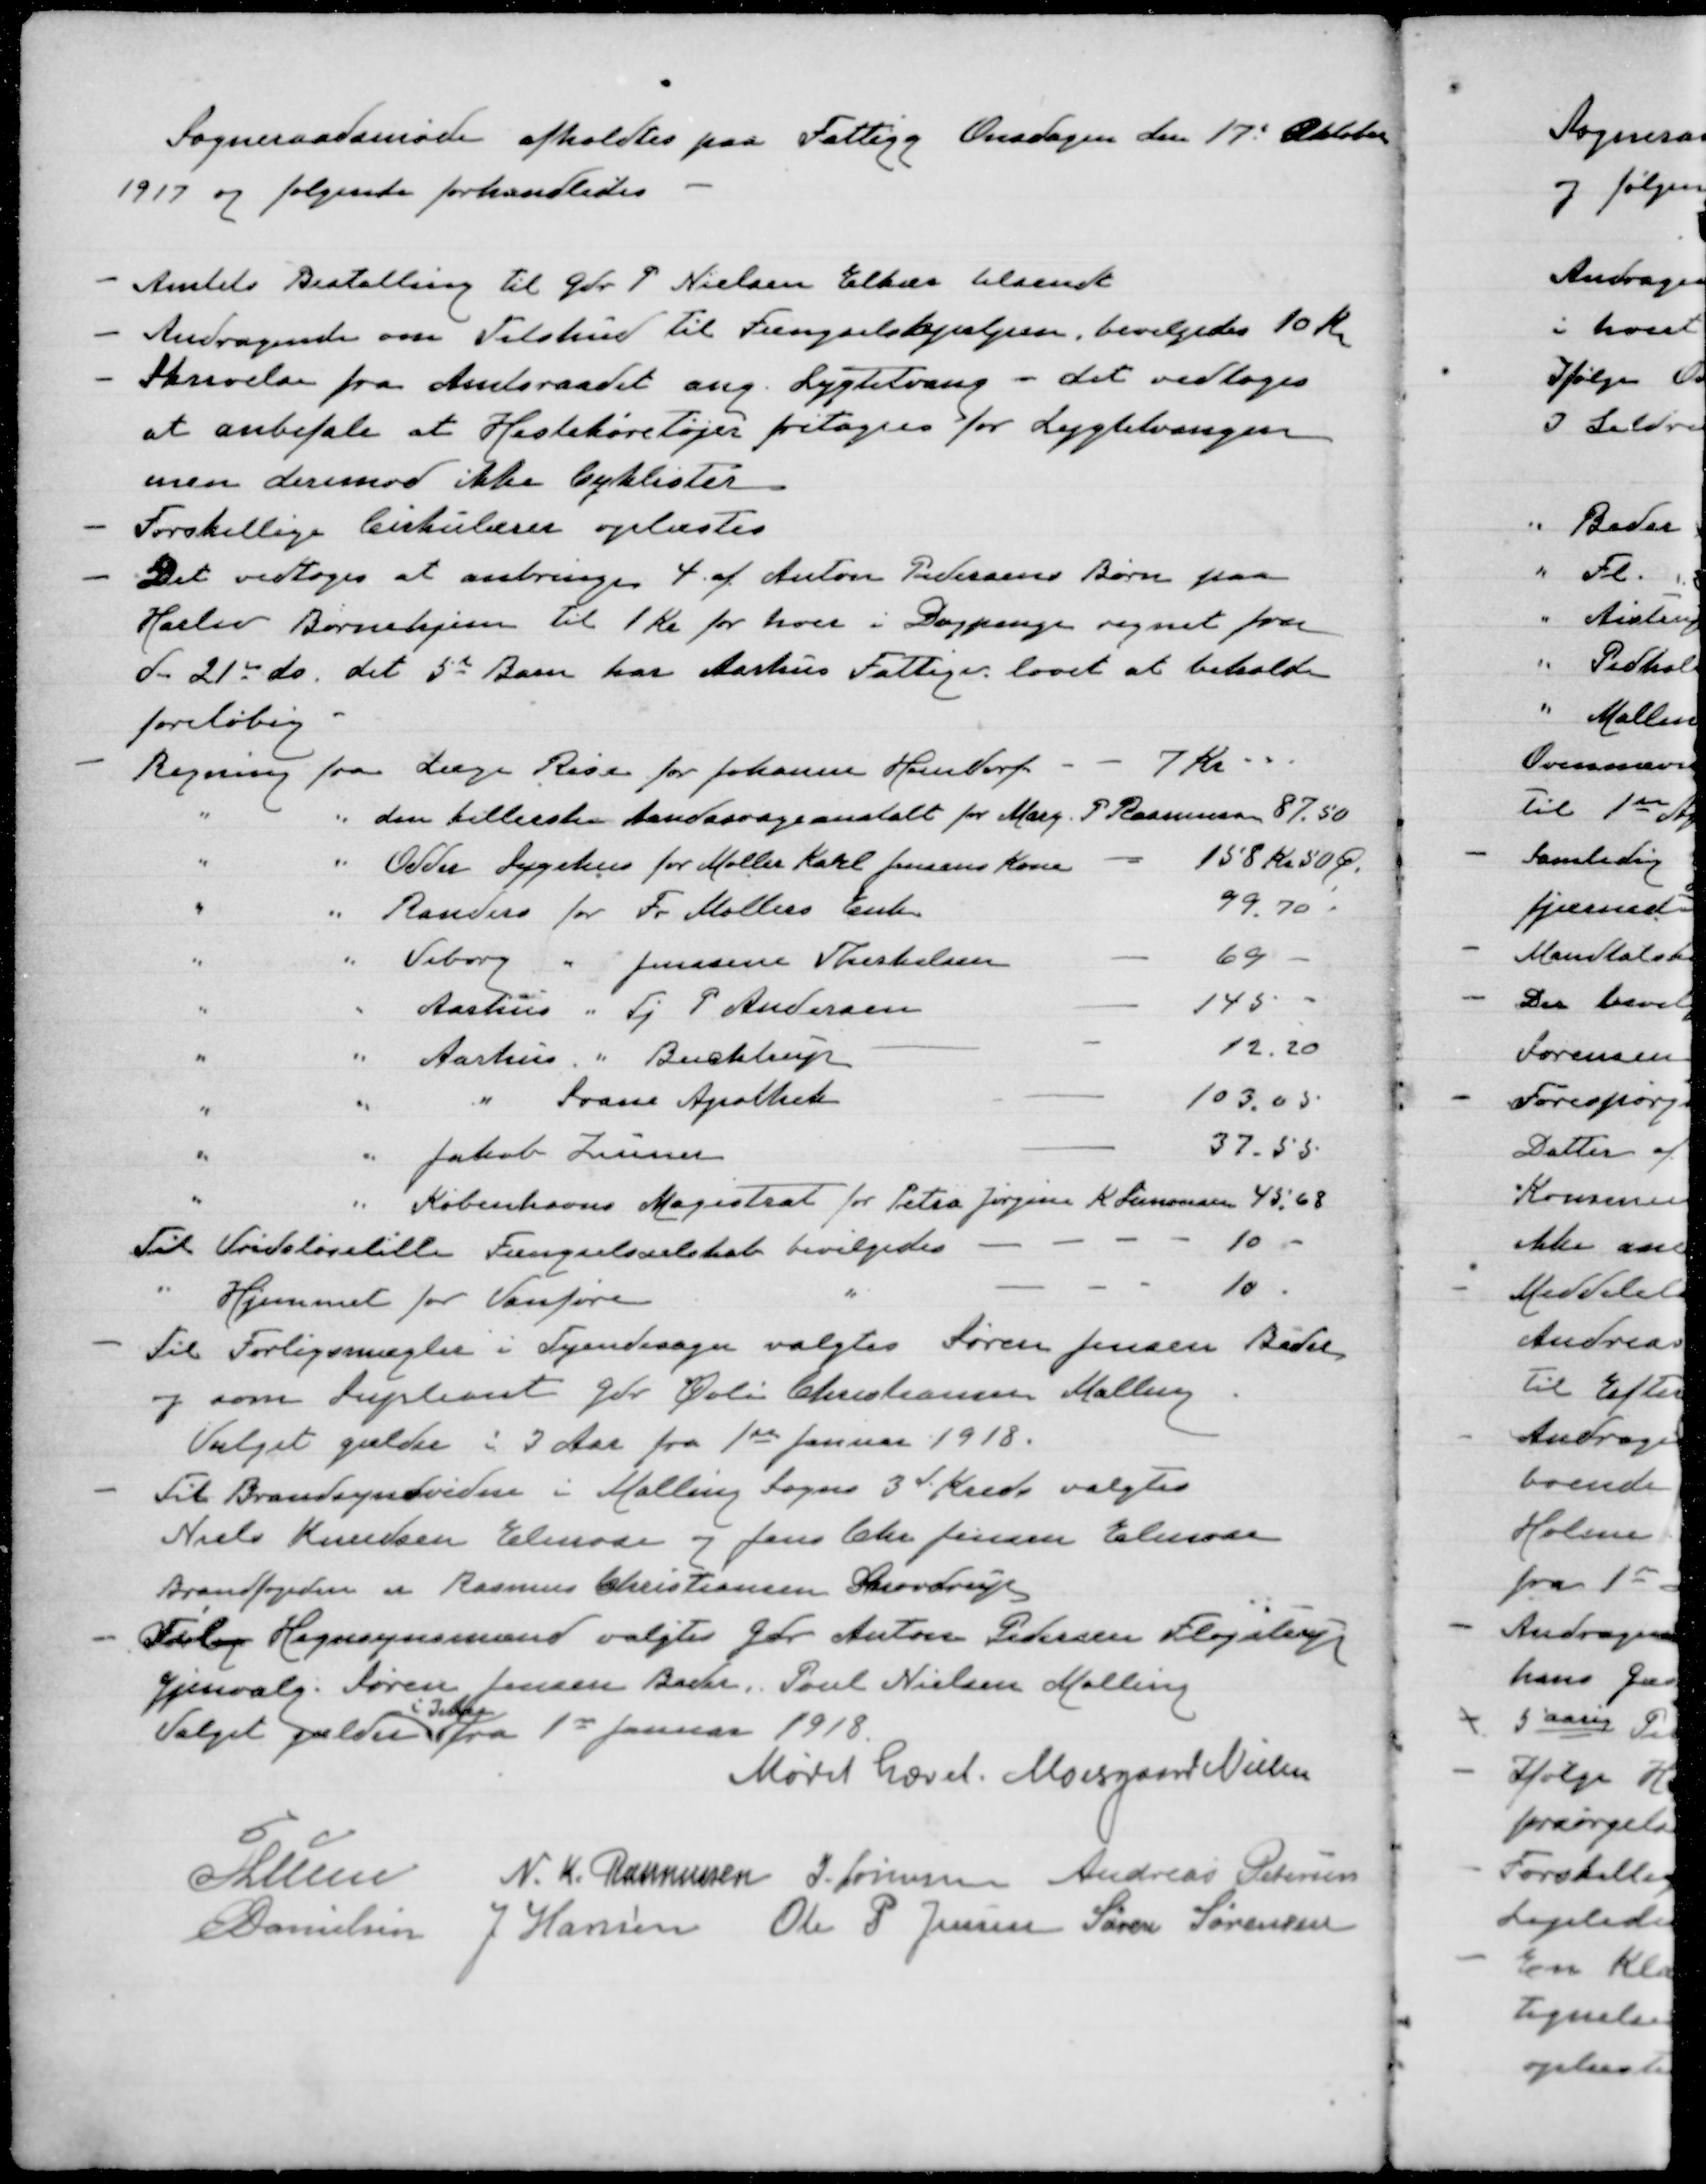
Transskription:
Sogneraadsmøde afholdtes paa Fattigg. Onsdagen den 17 Oktober
1917 og følgende forhandledes
Amtets Bestalling til Gdr P Nielsen Elkær tilsendt
Andragende om Tilskud til Fængselshjælpen, bevilgedes 10 Kr
Skrivelse fra Amtsraadet ang Lygtetvang - det vedtoges
at anbefale at Hestekøretøjer fritages for Lygtetvangen
men derimod ikke Cyklister
Forskellige Cirkulærer oplæstes
Det vedtoges at anbringe 4 af Anton Pedersens Børn paa
Haslev Børnehjem til 1 Kr for hver i Dagpenge regnet fra
den 21de do, det 5. Barn har Aarhus Fattigv. lovet at beholde
foreløbig.
Regning fra Læge Rise for Johannes Hersdorf  7 Kr
" " den kellerske Aandssvageanstalt for Marg. P Rasmussen 87,50
" " Odder Sygehus for Møller Karl Jensens Kone  158 Kr 50 Ø.
" " Randers for Fr Møllers Enke 99,70
" " Viborg " Jensine Therkelsen  69
" " Aarhus " Tj P Andersen  145
" " Aarhus " Buchtrup  12,20
" " " Svane Apothek  103,05
" " Jakob Zeuner  37,55
" " Københavns Magistrat for Petrea Jørgine K Sørensen 45,68
Til Vridsløselille Fængselsanstalt bevilgedes  10
" Hjemmet for Vanføre "  10
Til Forligsmægler i Tyendesager valgtes Søren Jensen Beder
og som Supleant Gdr Øvli Christiansen Malling
Valget gælder i 2 Aar fra 1st Januar 1918.
Til Brandsynsvidne i Malling Sogns 3 de Kreds valgtes
Niels Knudsen Elmose og Jens Chr Jensen Elmose
Brandfogeden er Rasmus Christiansen Snovdrup
Tilsy Hegnsynsmand valgtes Gdr Anton Petersen Fløjstrup
Gjenvalg: Søren Jensen Beder, Poul Nielsen Malling
Valget gælder
i 3 Aar
fra 1st Januar 1918
Mødet hævet.
Moesgaard Nielsen
Lunn N. K. Rasmussen S. Sørensen Andreas Petersen
Danielsen J Hansen Ole P Jensen Søren Sørensen